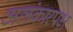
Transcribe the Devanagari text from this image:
अलंकारपक्ष